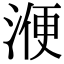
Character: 𣸇